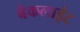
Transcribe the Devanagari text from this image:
बेकलाईट